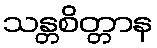
သန္တစိတ္တာန